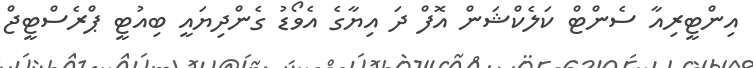
އިންޓީރިއާ ސެންޓް ކަލެކްޝަން އޮފް ދަ އިޔާގެ އެވޯޑު ގެންދިޔައީ ބިއުޓީ ޕްރެސްޓީޖް